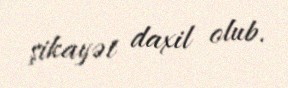
şikayət daxil olub.